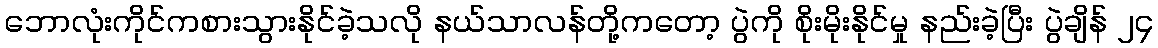
ဘောလုံးကိုင်ကစားသွားနိုင်ခဲ့သလို နယ်သာလန်တို့ကတော့ ပွဲကို စိုးမိုးနိုင်မှု နည်းခဲ့ပြီး ပွဲချိန် ၂၄